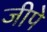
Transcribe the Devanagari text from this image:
जीपे